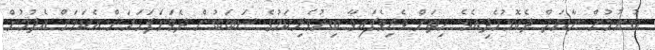
ބުނުމުން ނާޔަލް ދެކޮޅުހެދިއެވެ. ހިތަށް ވެރިވެފައިވާ ބިރުވެރިކަމުގެ ސަބަބުން ދެވަނަފަހަރަށް އެކަމަށް އެދުމުން